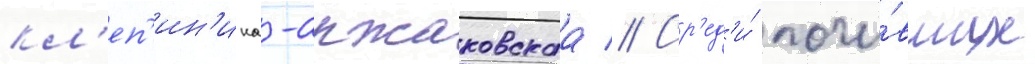
кл'еп'ин'ина-аржаковскаа // Ср'ед'и́ почи́вших